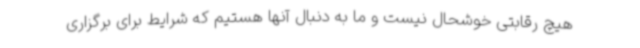
هیچ رقابتی خوشحال نیست و ما به دنبال آنها هستیم که شرایط برای برگزاری